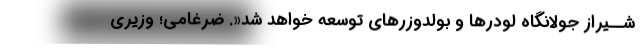
شــیراز جولانگاه لودرها و بولدوزرهای توسعه خواهد شد«. ضرغامی؛ وزیری